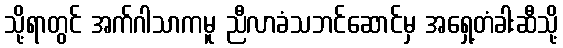
သို့ရာတွင် အက်ဂါသာကမူ ညီလာခံသဘင်ဆောင်မှ အရှေ့တံခါးဆီသို့